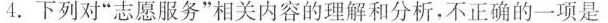
4.下列对”志愿服务”相关内容的理解和分析，不正确的一项是